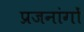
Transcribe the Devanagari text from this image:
प्रजनांगों